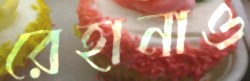
রেহানাও